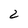
Character: 2